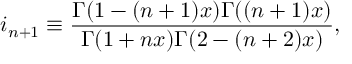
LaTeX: i _ { n + 1 } \equiv \frac { \Gamma ( 1 - ( n + 1 ) x ) \Gamma ( ( n + 1 ) x ) } { \Gamma ( 1 + n x ) \Gamma ( 2 - ( n + 2 ) x ) } ,